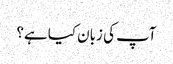
آپ کی زبان کیا ہے؟